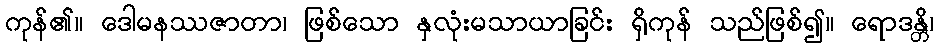
ကုန်၏။ ဒေါမနဿဇာတာ၊ ဖြစ်သော နှလုံးမသာယာခြင်း ရှိကုန် သည်ဖြစ်၍။ ရောဒန္တိ၊